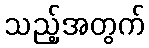
သည့်အတွက်